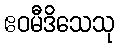
ဧဝမီဒိသေသု